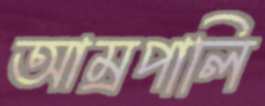
আম্রপালি